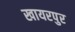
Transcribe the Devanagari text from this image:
खायरपुर